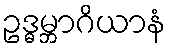
ဥဒ္ဓမ္ဘာဂိယာနံ